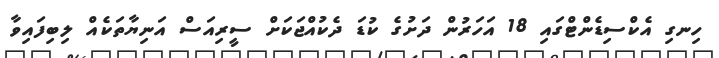
ހިނގި އެކްސިޑެންޓްގައި 18 އަހަރުން ދަށުގެ ކުޑަ ދެކުއްޖަކަށް ސީރިއަސް އަނިޔާތަކެއް ލިބިފައިވާ